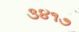
૩૪૧૭